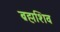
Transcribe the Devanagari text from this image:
ब्रह्मशिव